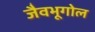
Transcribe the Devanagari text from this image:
जैवभूगोल